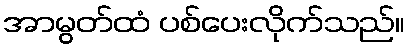
အာမွတ်ထံ ပစ်ပေးလိုက်သည်။